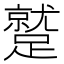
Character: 蹵